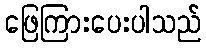
ဖြေကြားပေးပါသည်